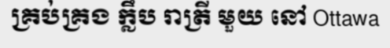
គ្រប់គ្រង ក្លឹប រាត្រី មួយ នៅ Ottawa